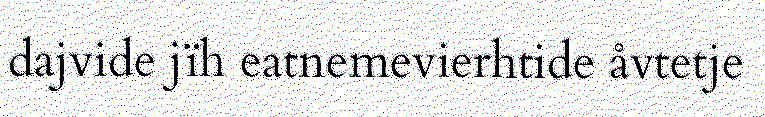
dajvide jïh eatnemevierhtide åvtetje